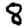
Digit: 8